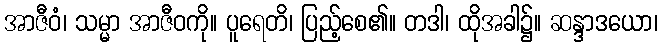
အာဇီဝံ၊ သမ္မာ အာဇီဝကို။ ပူရေတိ၊ ပြည့်စေ၏။ တဒါ၊ ထိုအခါ၌။ ဆန္ဒာဒယော၊